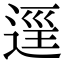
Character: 𨓷